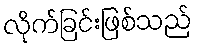
လိုက်ခြင်းဖြစ်သည်